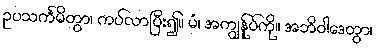
ဥပသင်္ကမိတွာ၊ ကပ်လာပြီး၍။ မံ၊ အကျွန်ုပ်ကို။ အဘိဝါဒေတွာ၊